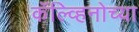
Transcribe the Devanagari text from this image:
कॅल्व्हिनोच्या